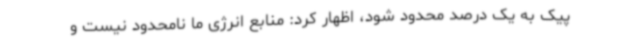
پیک به یک درصد محدود شود، اظهار کرد: منابع انرژی ما نامحدود نیست و